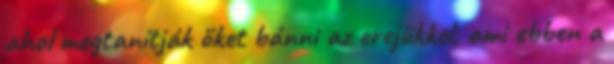
ahol megtanítják őket bánni az erejükkel, ami ebben a